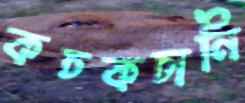
কচকচানি